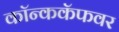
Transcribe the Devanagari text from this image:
कॉन्ककॅफवर